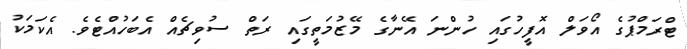
ޓްރަމްޕުގެ އޯވަލް އޮފީހުގައި ހުންނަ އޭނާގެ މޭޒުމަތީގައި ރަތް ސުވިޗެއް އެބަހުއްޓެވެ. އެކަމަކު